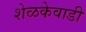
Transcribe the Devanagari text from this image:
शेळकेवाडी